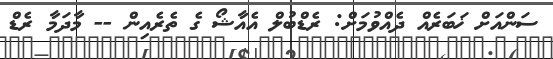
ސަންއަށް ޚަބަރެއް ދެއްވުމަށް: ރެޑްބުލް އެއާޝޯ ގެ ތެރެއިން -- މާދަމާ ރެޑް